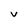
Character: v